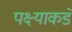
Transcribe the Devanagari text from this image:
पक्ष्याकडे